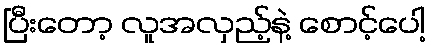
ပြီးတော့ လူအလှည့်နဲ့ စောင့်ပေါ့